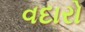
વદારો